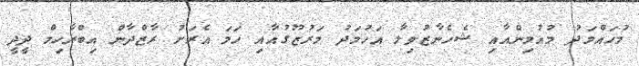
މުހައްމަދު މުއުމިންއާއި ޝެހެނާޒުވިލާ އަހުމަދު މަރުޒޫގުއާއި ހަމަ އެރަށު ރާޒްދާން އިބްރާހިމް ދީދީ